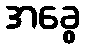
အခွေ